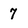
Character: 7